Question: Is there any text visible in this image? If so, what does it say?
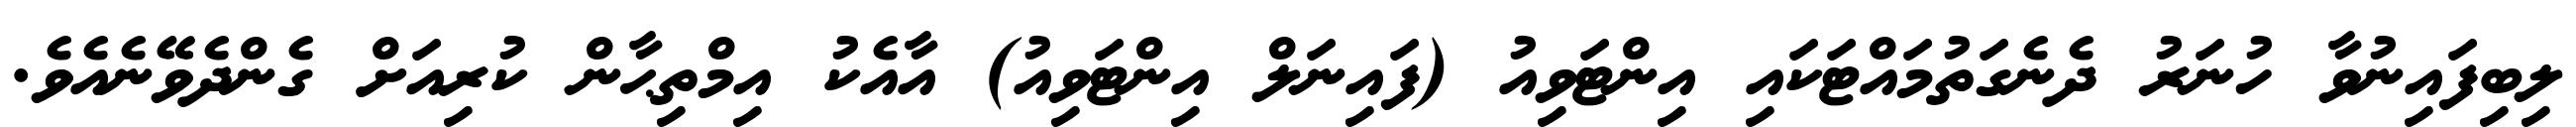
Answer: ލިބިފައިނުވާ ހުނަރު ދެނެގަތުމައްޓަކައި އިންޓަވިއު (ފައިނަލް އިންޓަވިއު) އާއެކު އިމްތިޙާން ކުރިއަށް ގެންދެވޭނެއެވެ.